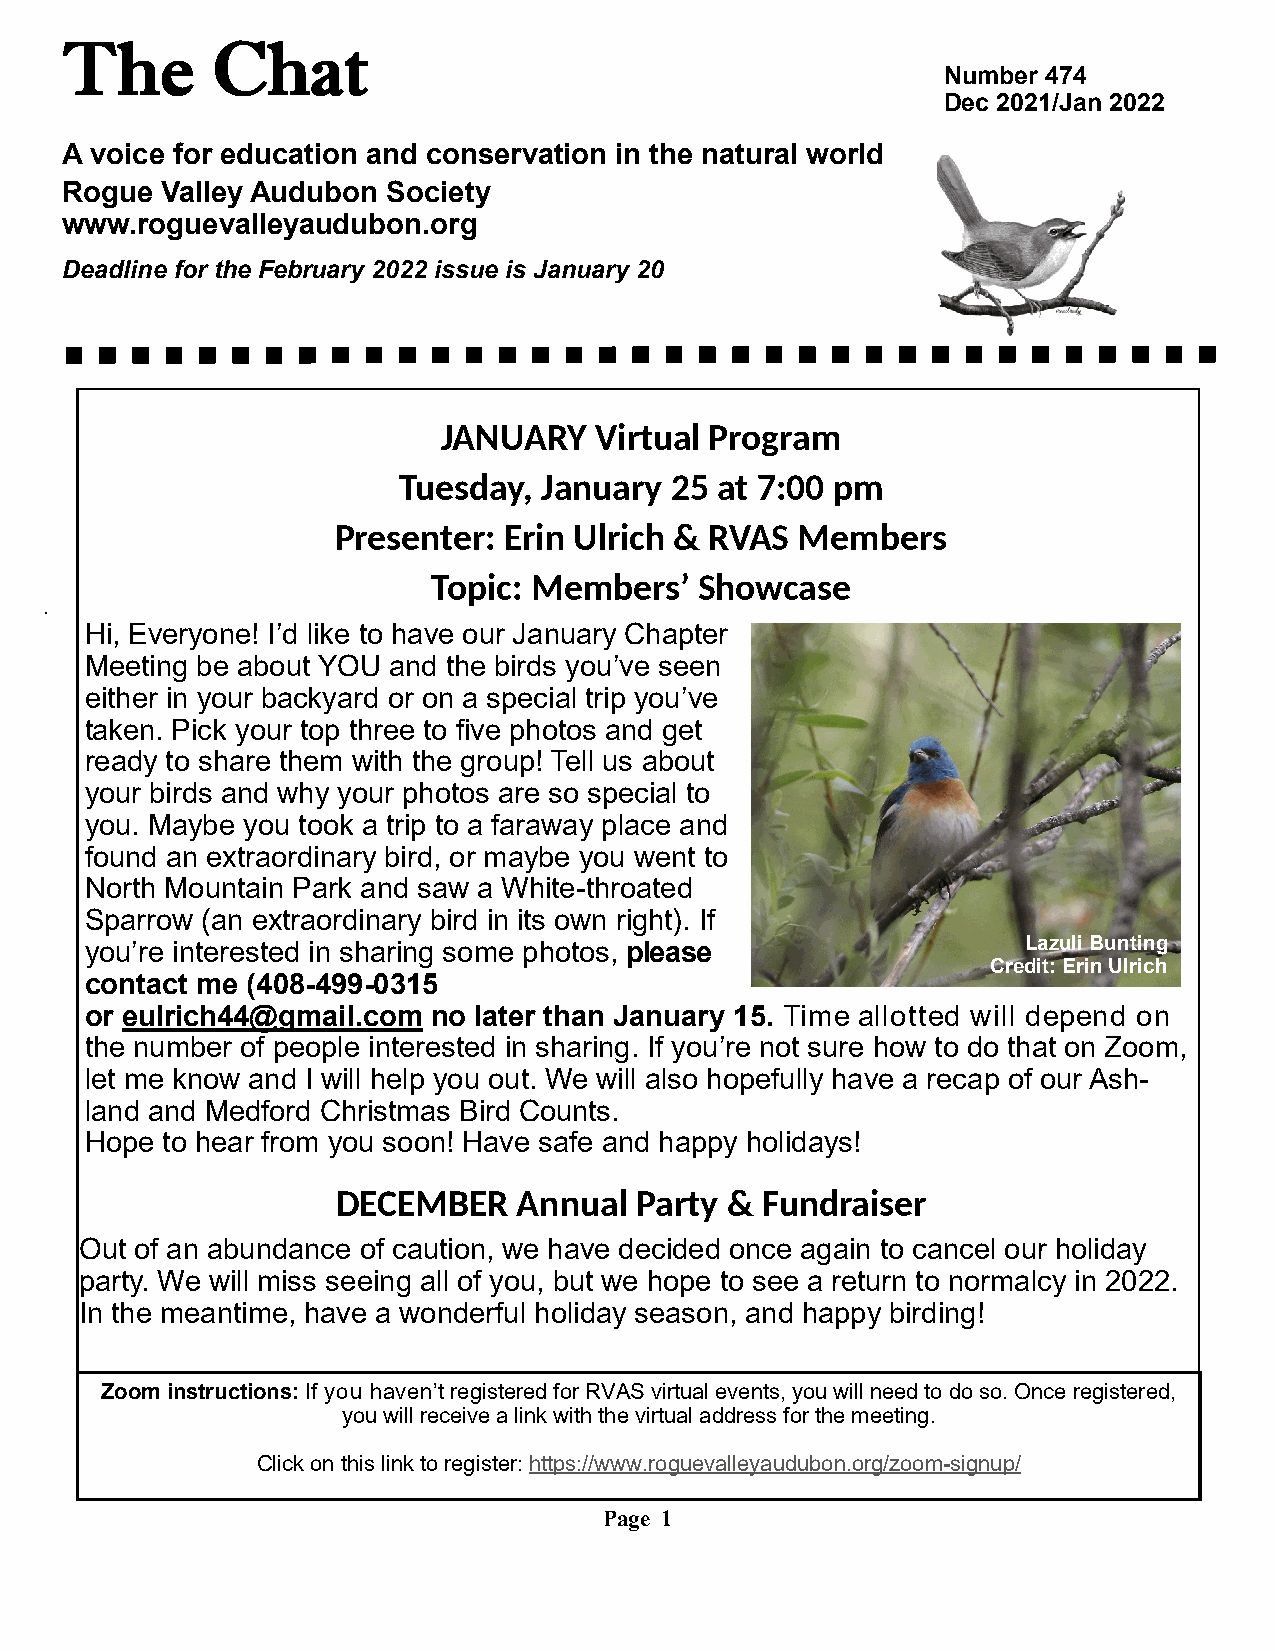
The       Chat
 Number 474
 Dec 2021/Jan 2022
 A voice for education and conservation in the natural world
 Rogue  Valley Audubon Society
 www.roguevalleyaudubon.org
 Deadline for the February 2022 issue is January 20
 JANUARY   Virtual Program
 Tuesday,  January 25 at 7:00 pm
 Presenter: Erin Ulrich & RVAS  Members
 Topic: Members’  Showcase
 .
 Hi, Everyone! I’d like to have our January Chapter
 Meeting be about YOU and the birds you’ve seen
 either in your backyard or on a special trip you’ve
 taken. Pick your top three to five photos and get
 ready to share them with the group! Tell us about
 your birds and why your photos are so special to
 you. Maybe you took a trip to a faraway place and
 found an extraordinary bird, or maybe you went to
 North Mountain Park and saw a White-throated
 Sparrow (an extraordinary bird in its own right). If
 you’re interested in sharing some photos, please              Lazuli Bunting
 Credit: Erin Ulrich
 contact me (408-499-0315
 or eulrich44@gmail.com no later than January 15. Time allotted will depend on
 the number of people interested in sharing. If you’re not sure how to do that on Zoom,
 let me know and I will help you out. We will also hopefully have a recap of our Ash-
 land and Medford Christmas Bird Counts.
 Hope to hear from you soon! Have safe and happy holidays!
 DECEMBER    Annual  Party & Fundraiser
 Out of an abundance of caution, we have decided once again to cancel our holiday
 party. We will miss seeing all of you, but we hope to see a return to normalcy in 2022.
 In the meantime, have a wonderful holiday season, and happy birding!
 Zoom instructions: If you haven’t registered for RVAS virtual events, you will need to do so. Once registered,
 you will receive a link with the virtual address for the meeting.
 Click on this link to register: https://www.roguevalleyaudubon.org/zoom-signup/
 Page 1